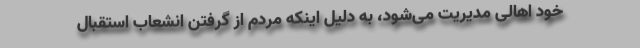
خود اهالی مدیریت می‌شود، به دلیل اینکه مردم از گرفتن انشعاب استقبال